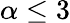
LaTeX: \alpha\le 3